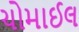
ચોમાઈલ